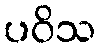
ပဝိသ